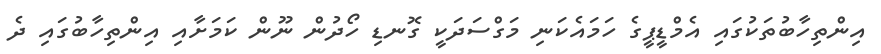
އިންތިހާބުތަކުގައި އެމްޑީޕީގެ ހަމައެކަނި މަގްސަދަކީ ގޮނޑި ހޯދުން ނޫން ކަމަށާއި އިންތިހާބުގައި ދެ